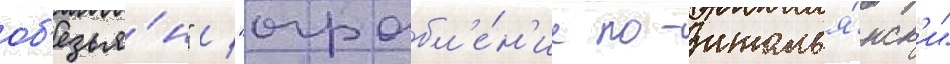
об'езья́н" / "ограбл'е́н'ие по-италья́нск'и"